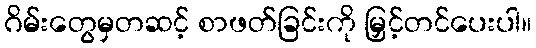
ဂိမ်းတွေမှတဆင့် စာဖတ်ခြင်းကို မြှင့်တင်ပေးပါ။